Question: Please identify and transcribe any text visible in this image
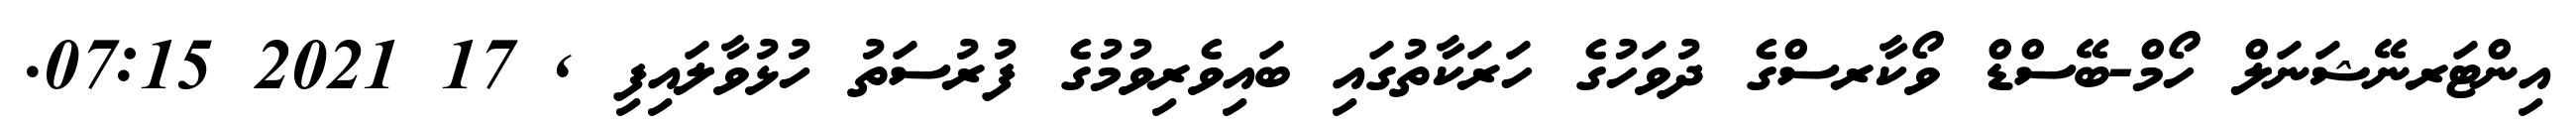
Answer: އިންޓަރނޭޝަނަލް ހޯމް-ބޭސްޑް ވޯކާރސްގެ ދުވަހުގެ ހަރަކާތުގައި ބައިވެރިވުމުގެ ފުރުސަތު ހުޅުވާލައިފި , 17 2021 07:15.